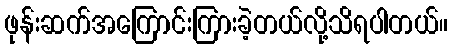
ဖုန်းဆက်အကြောင်းကြားခဲ့တယ်လို့သိရပါတယ်။